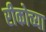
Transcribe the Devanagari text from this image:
रीकोच्या